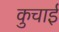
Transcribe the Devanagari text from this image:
कुचार्इ